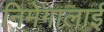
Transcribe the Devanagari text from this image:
निमेगालाई